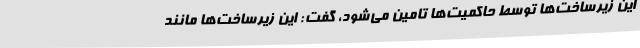
این زیرساخت‌ها توسط حاکمیت‌ها تامین می‌شود، گفت: این زیرساخت‌ها مانند